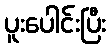
ပူးပေါင်းပြီး